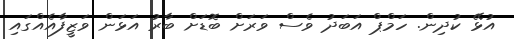
އުޅޭ ކުދިން. ހަމްޕް އަބަދު ވެސް ވަަރަށް ބޮޑަށް ބާރު އަޅަން ވަޒީފާއެއްގައި